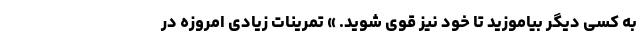
به کسی دیگر بیاموزید تا خود نیز قوی شوید. » تمرینات زیادی امروزه در